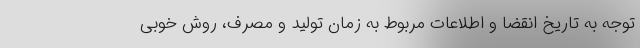
توجه به تاریخ انقضا و اطلاعات مربوط به زمان تولید و مصرف، روش خوبی